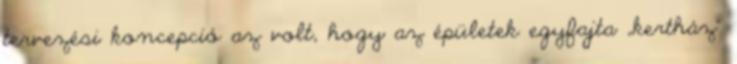
tervezési koncepció az volt, hogy az épületek egyfajta „kertház”